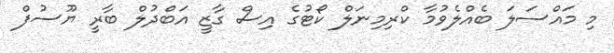
މި މައްސަލަ ބެއްލެވުމާ ކްރިމިނަލް ކޯޓުގެ އިސް ގާޒީ އަބްދުލް ބާރީ ޔޫސުފް